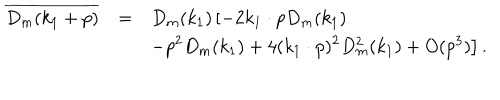
LaTeX: \begin{array} { r c l } { { \overline { { { D _ { m } ( k _ { 1 } + p ) } } } } } & { { = } } & { { \displaystyle D _ { m } ( k _ { 1 } ) \left[ - 2 k _ { 1 } \cdot p D _ { m } ( k _ { 1 } ) \right. } } \\ { { } } & { { } } & { { \displaystyle \left. - p ^ { 2 } D _ { m } ( k _ { 1 } ) + 4 ( k _ { 1 } \cdot p ) ^ { 2 } D _ { m } ^ { 2 } ( k _ { 1 } ) + O ( p ^ { 3 } ) \right] . } } \\ \end{array}